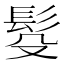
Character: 䯴